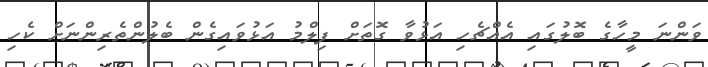
ވަންނަ މީހާގެ ބޮލުގައި އެއްޗެހި އަޅުވާ ގޮތަށް ފިލްމު އަޅުވައިގެން ބެލުންތެރިންނަށް ކެހި